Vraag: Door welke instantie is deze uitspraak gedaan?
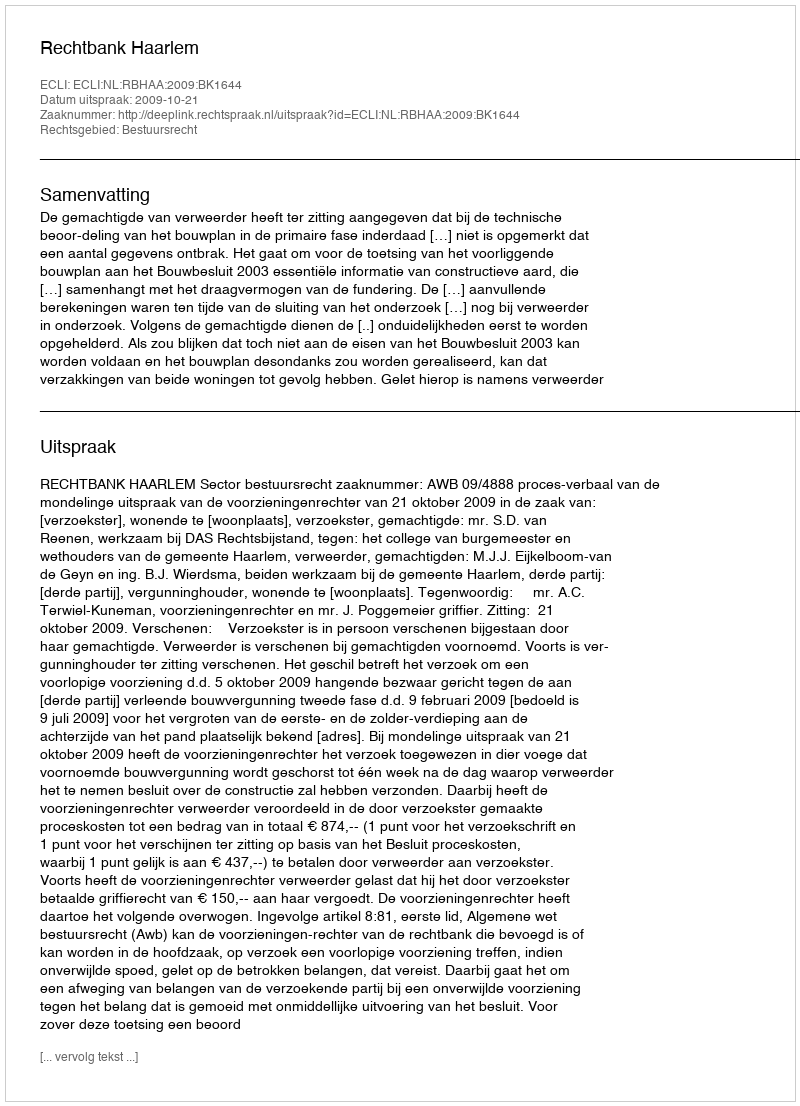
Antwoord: Rechtbank Haarlem